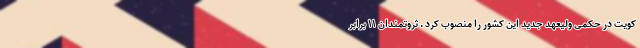
کویت در حکمی ولیعهد جدید این کشور را منصوب کرد . ثروتمندان ۱۱ برابر